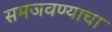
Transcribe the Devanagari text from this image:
समजवण्याचा